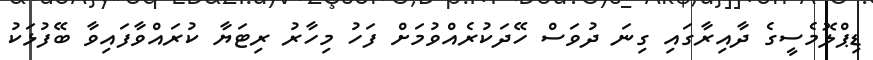
ޑިޕްލޮމެސީގެ ދާއިރާގައި ގިނަ ދުވަސް ހޭދަކުރެއްވުމަށް ފަހު މިހާރު ރިޓަޔާ ކުރައްވާފައިވާ ބޭފުޅަކު